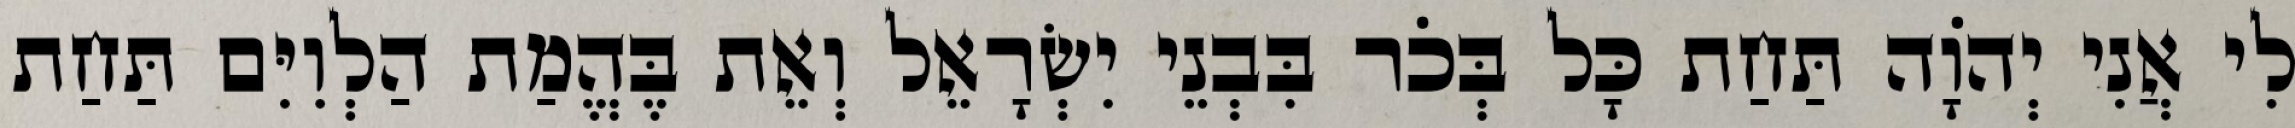
לִי אֲנִי יְהֹוָה תַּחַת כָּל בְּכֹר בִּבְנֵי יִשְׂרָאֵל וְאֵת בֶּהֱמַת הַלְוִיִּם תַּחַת